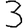
Digit: 3